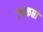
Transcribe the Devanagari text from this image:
उपकप्ता